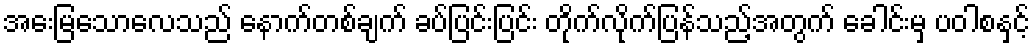
အေးမြသောလေသည် နောက်တစ်ချက် ခပ်ပြင်းပြင်း တိုက်လိုက်ပြန်သည့်အတွက် ခေါင်းမှ ပဝါစနှင့်